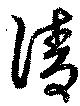
清